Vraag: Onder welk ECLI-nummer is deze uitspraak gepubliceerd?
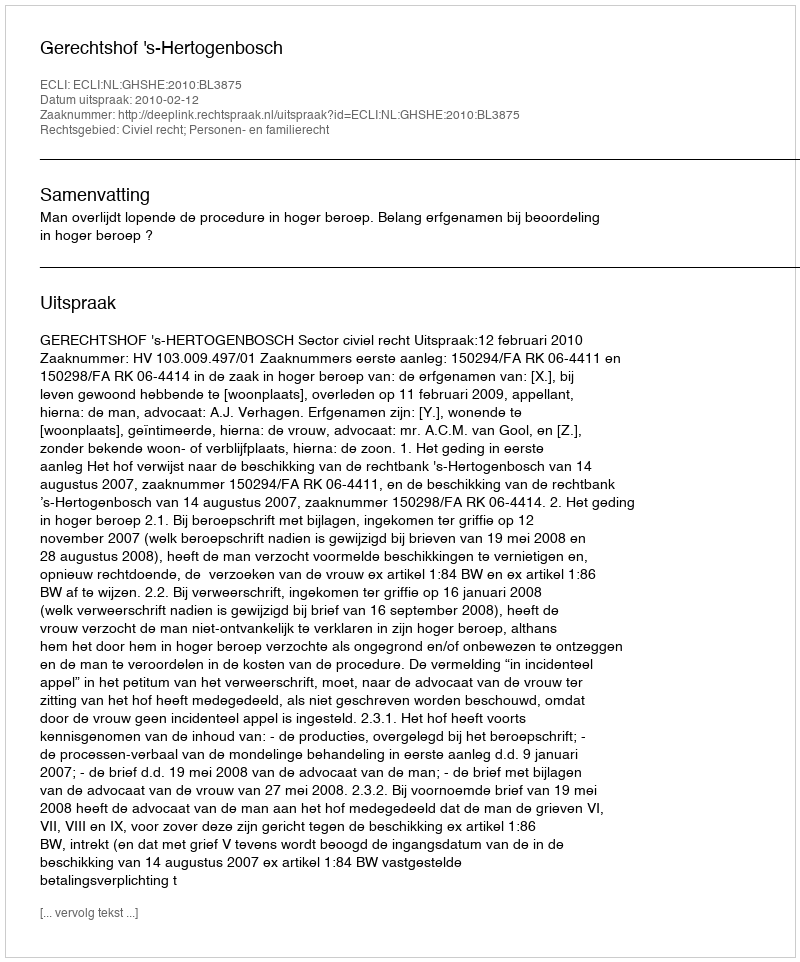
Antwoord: ECLI:NL:GHSHE:2010:BL3875